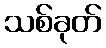
သစ်ခုတ်